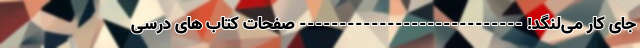
جای کار می‌لنگد! ---------------------------- صفحات کتاب های درسی